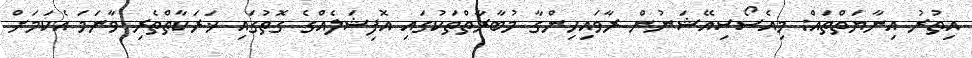
އިތުރު އިނާޔަތްތައް: މިއެސޯސިއޭޝަނުން ރާވައިހިންގާ މުބާރާތްތަކުގައި އޮފިޝަލެއްގެ ގޮތުގައި ޚަރަކާތްތެރި ވާނަމަ އެކަމަށް